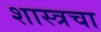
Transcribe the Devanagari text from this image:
शास्त्रचा